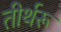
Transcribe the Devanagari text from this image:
तीर्थरू